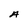
Character: A